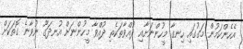
އެހެންކަމުން މަގުގައި ހިނގާ މީހުންނަށާއި ދުއްވާތަކެތި ދުއްވާ މީހުންނަށް އުނދަގޫ ނުވާނެ ގޮތަކަށް